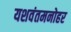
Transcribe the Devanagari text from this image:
यशवंतमनोहर